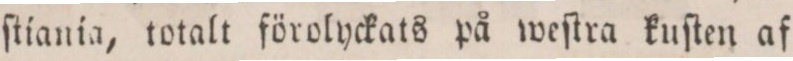
ſtiania, totalt förolyckats på weſtra kuſten af